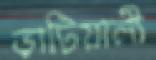
ভাটিয়ালী